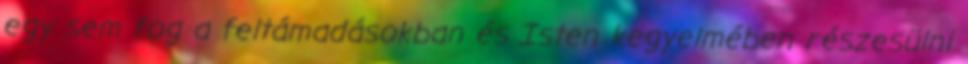
egy sem fog a feltámadásokban és Isten kegyelmében részesülni